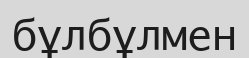
бұлбұлмен